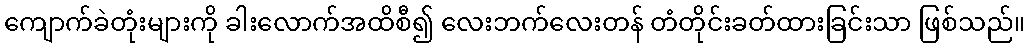
ကျောက်ခဲတုံးများကို ခါးလောက်အထိစီ၍ လေးဘက်လေးတန် တံတိုင်းခတ်ထားခြင်းသာ ဖြစ်သည်။